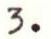
3.